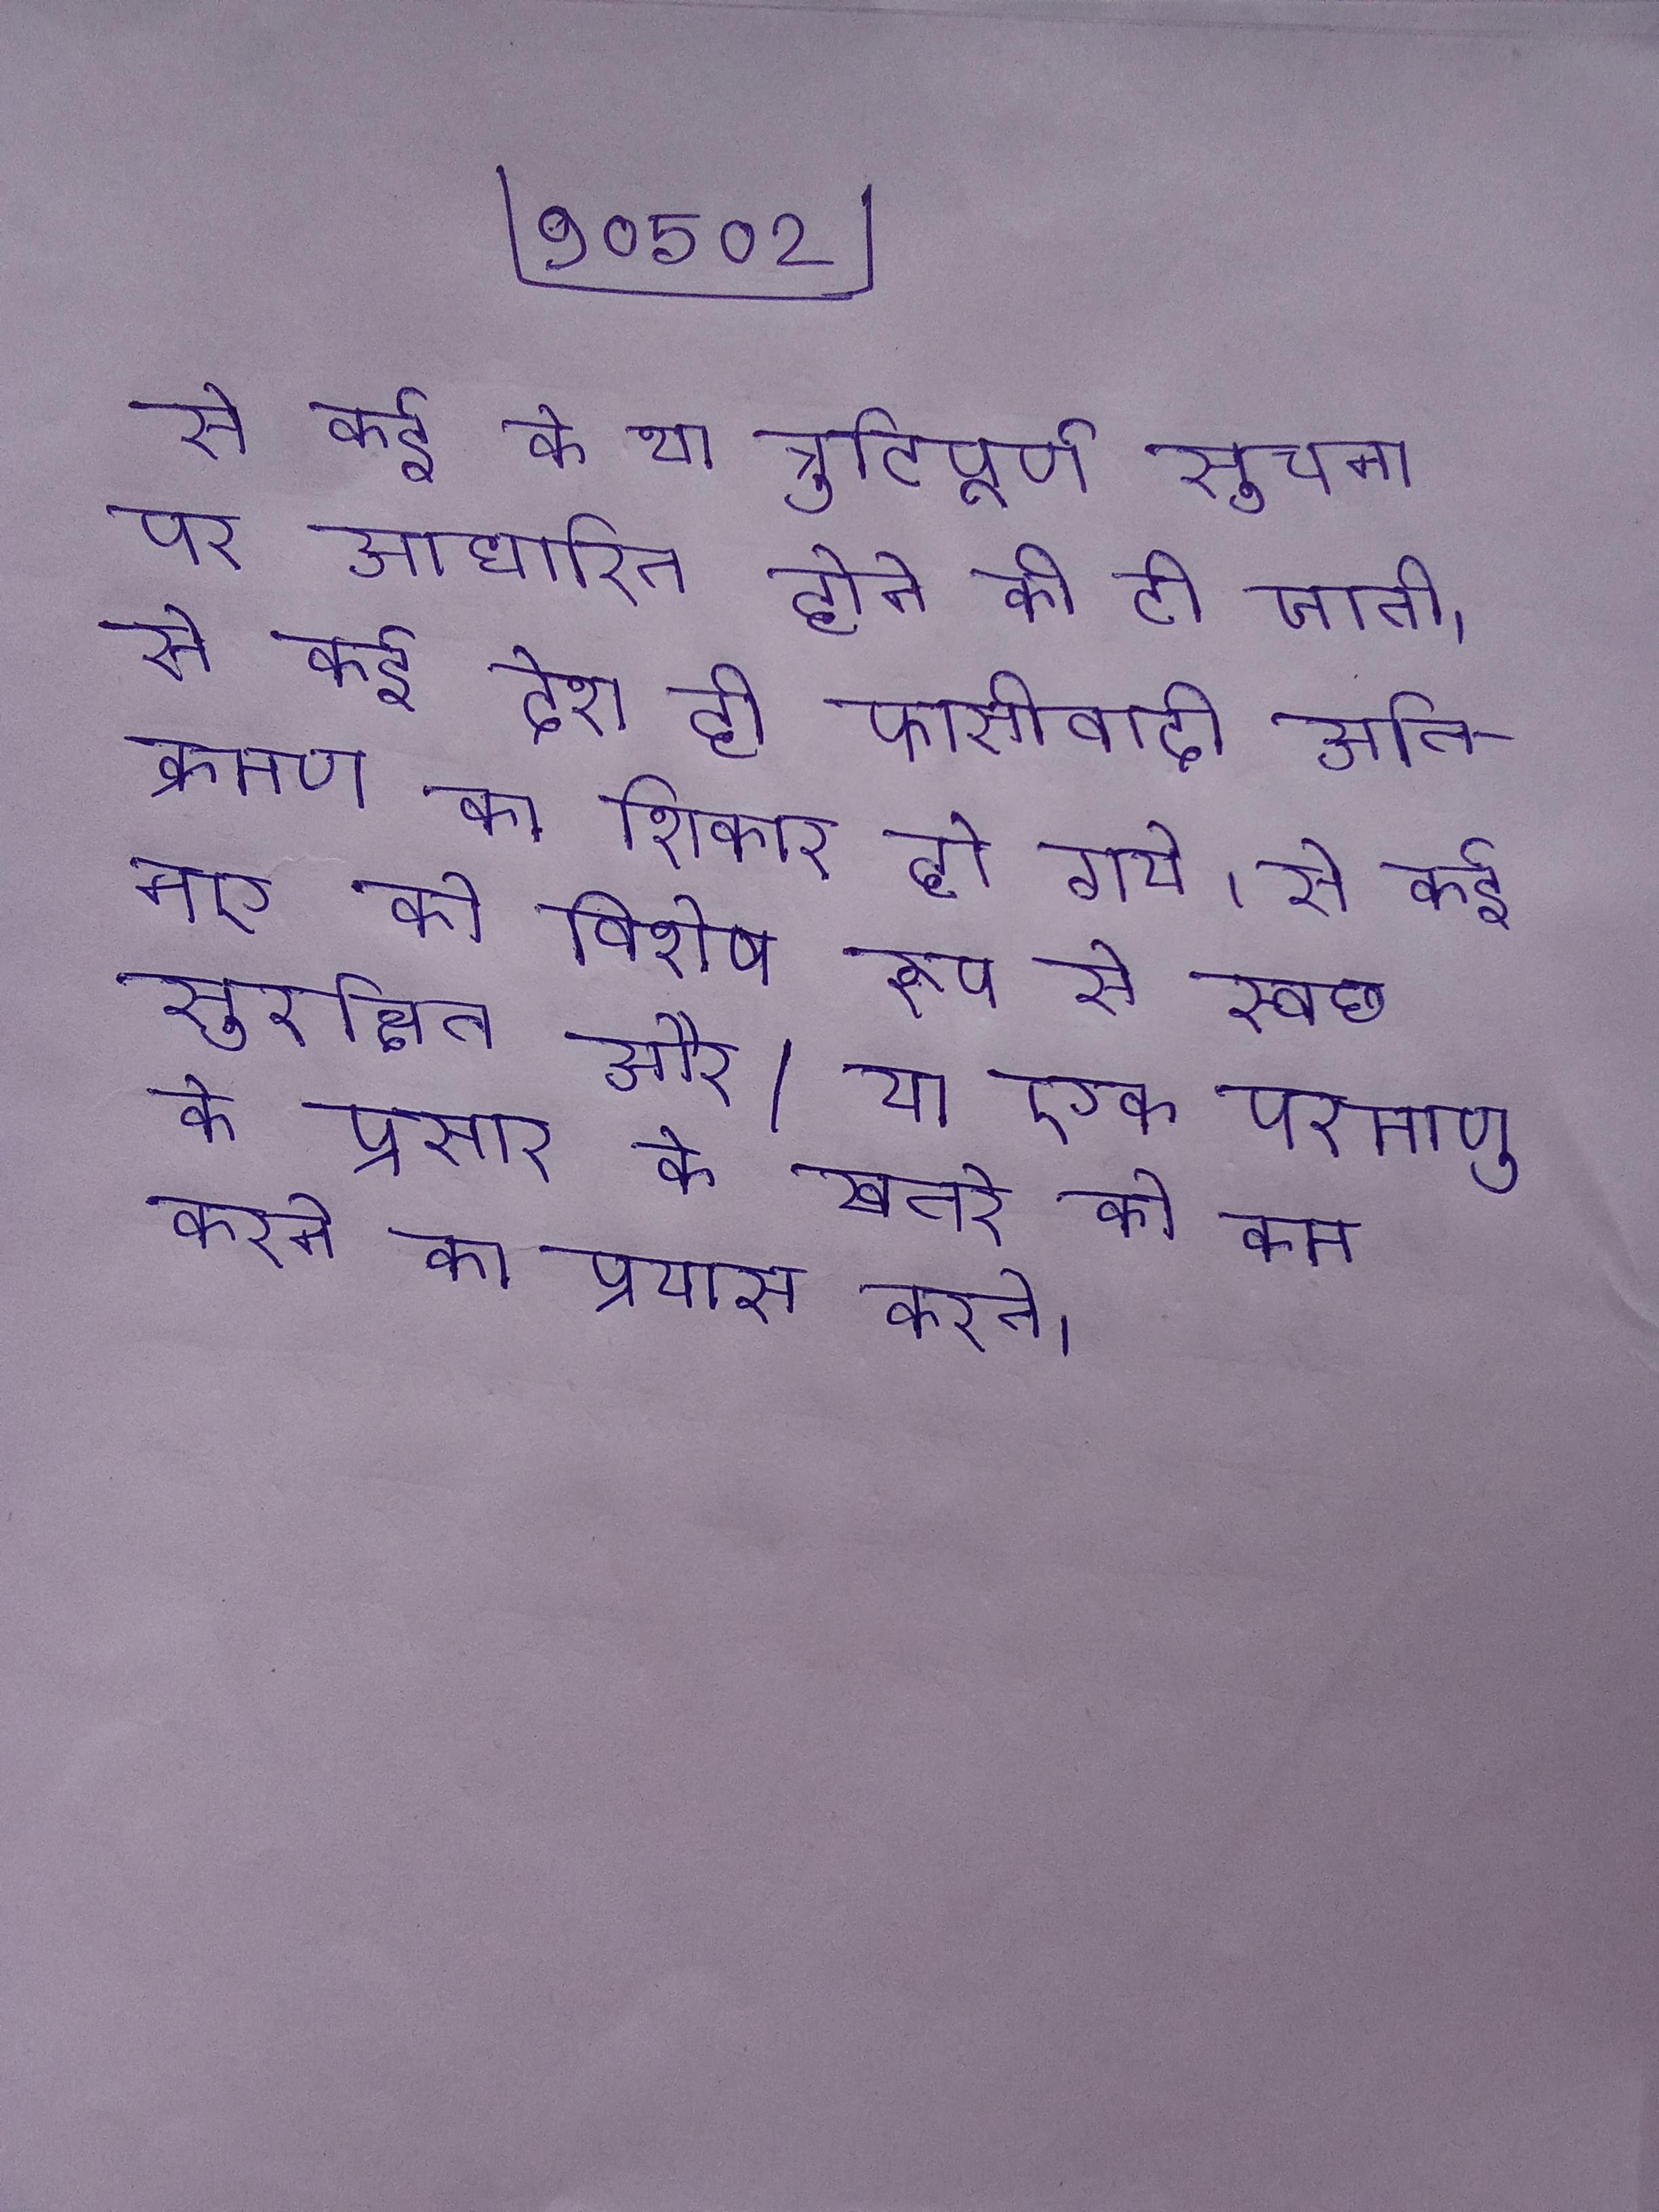
से कई के या त्रुटिपूर्ण सूचना पर आधारित होने की दी जाती । से कई देश ही फासीवादी अतिक्रमण का शिकार हो गये । से कई नए को विशेष रूप से स्वच्छ, सुरक्षित और/या एक परमाणु के प्रसार के खतरे को कम करने का प्रयास करते ।